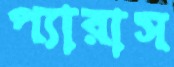
প্যারাস